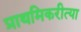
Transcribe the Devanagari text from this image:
प्राथमिकरीत्या